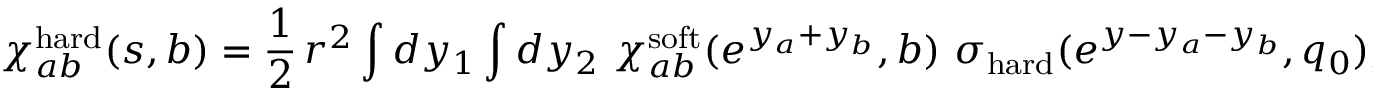
\chi _ { a b } ^ { \mathrm { h a r d } } ( s , b ) = \frac { 1 } { 2 } \, r ^ { 2 } \int d y _ { 1 } \int d y _ { 2 } \, \, \chi _ { a b } ^ { \mathrm { s o f t } } ( e ^ { y _ { a } + y _ { b } } , b ) \, \, \sigma _ { \mathrm { h a r d } } ( e ^ { y - y _ { a } - y _ { b } } , q _ { 0 } ) ,